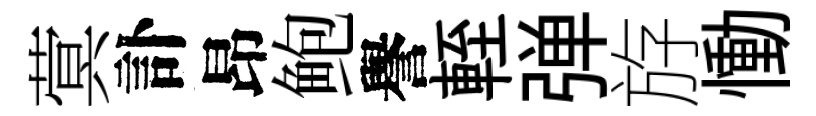
蓂訃昂鲍譽輊弹斿慟